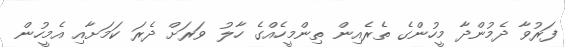
ފަރުވާ ދެމުންދާ މީހުންގެ ތެރެއިން ތިންމީހެއްގެ ހާލު ވަރަށް ދެރަ ކަމަށާއި އެމީހުން